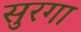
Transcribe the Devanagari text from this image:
सुरगा